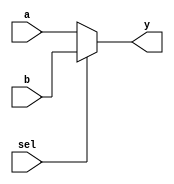
module mux_2to1 (
    input wire a,        // First input
    input wire b,        // Second input
    input wire sel,      // Select signal
    output reg y         // Output
);

// Combinational logic using procedural assignment
always @(*) begin
    // Immediately reflect the value based on the select signal
    if (sel) begin
        y = b;          // If sel is 1, assign b to output
    end else begin
        y = a;          // If sel is 0, assign a to output
    end
end

endmodule